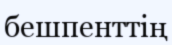
бешпенттің